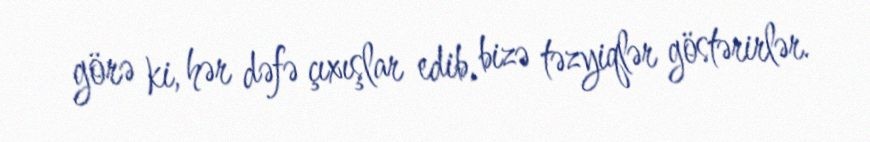
görə ki, hər dəfə çıxışlar edib, bizə təzyiqlər göstərirlər.